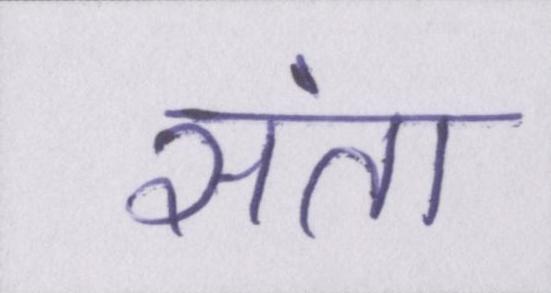
संता